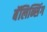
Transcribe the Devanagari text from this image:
बॅलिन्सिंग